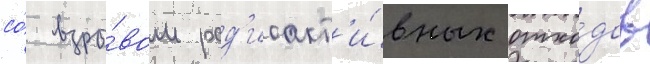
со́ взры́вом рад'иоакт'и́вных отхо́дов